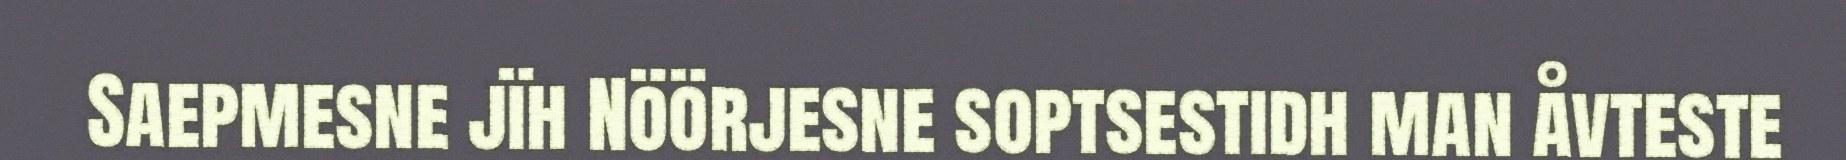
Saepmesne jïh Nöörjesne soptsestidh man åvteste